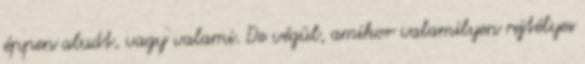
éppen aludt, vagy valami. De végül, amikor valamilyen rejtélyes